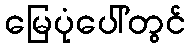
မြေပုံပေါ်တွင်